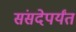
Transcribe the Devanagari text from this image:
संसदेपर्यंत